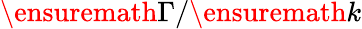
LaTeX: \ensuremath{\Gamma}/\ensuremath{k}